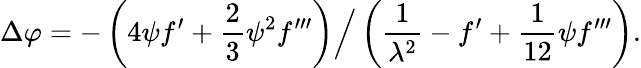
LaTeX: \Delta\varphi=-\left(4{\psi}f^{\prime}+{\frac{2}{3}}\psi^{2}f^{\prime\prime\prime}\right)\Big/\left({\frac{1}{\lambda^{2}}}-f^{\prime}+{\frac{1}{12}}{\psi}f^{\prime\prime\prime}\right).